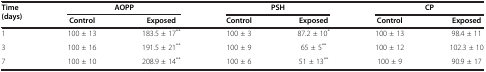
<table><thead><tr><td rowspan="2"><b>Time (days)</b></td><td colspan="2"><b>AOPP</b></td><td colspan="2"><b>PSH</b></td><td colspan="2"><b>CP</b></td></tr><tr><td><b>Control</b></td><td><b>Exposed</b></td><td><b>Control</b></td><td><b>Exposed</b></td><td><b>Control</b></td><td><b>Exposed</b></td></tr></thead><tbody><tr><td>1</td><td>100 ± 13</td><td>183.5 ± 17<sup>**</sup></td><td>100 ± 3</td><td>87.2 ± 10<sup>*</sup></td><td>100 ± 13</td><td>98.4 ± 11</td></tr><tr><td>3</td><td>100 ± 16</td><td>191.5 ± 21<sup>**</sup></td><td>100 ± 9</td><td>65 ± 5<sup>**</sup></td><td>100 ± 12</td><td>102.3 ± 10</td></tr><tr><td>7</td><td>100 ± 10</td><td>208.9 ± 14<sup>**</sup></td><td>100 ± 6</td><td>51 ± 13<sup>**</sup></td><td>100 ± 9</td><td>90.9 ± 17</td></tr></tbody></table>